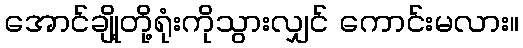
အောင်ချို့တို့ရုံးကိုသွားလျှင် ကောင်းမလား။